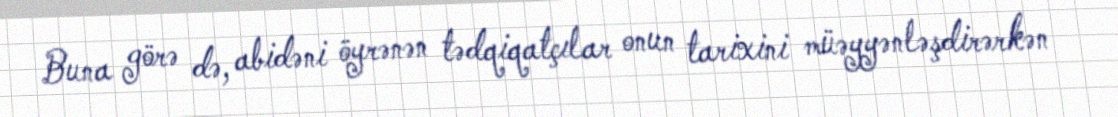
Buna görə də, abidəni öyrənən tədqiqatçılar onun tarixini müəyyənləşdirərkən